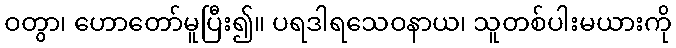
ဝတွာ၊ ဟောတော်မူပြီး၍။ ပရဒါရသေဝနာယ၊ သူတစ်ပါးမယားကို